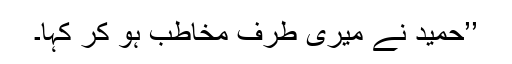
’’حمید نے میری طرف مخاطب ہو کر کہا۔